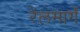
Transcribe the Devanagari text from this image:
रेलमार्गं